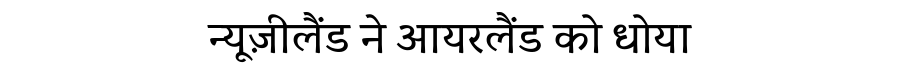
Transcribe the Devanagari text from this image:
न्यूज़ीलैंड ने आयरलैंड को धोया